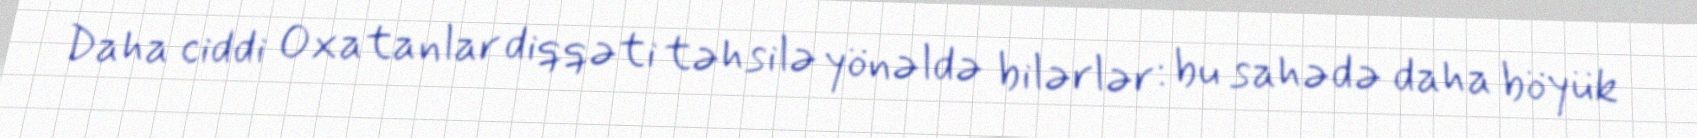
Daha ciddi Oxatanlar diqqəti təhsilə yönəldə bilərlər: bu sahədə daha böyük